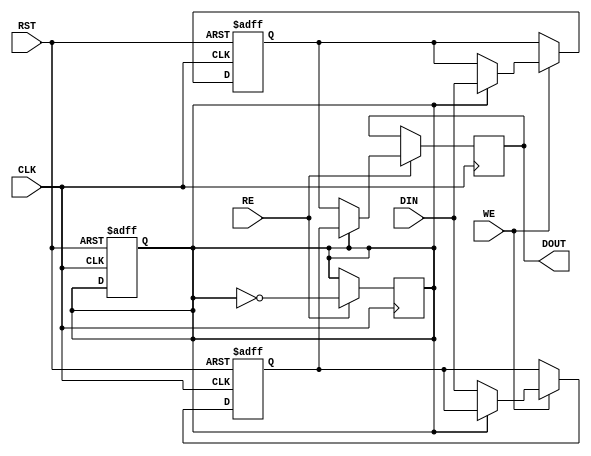
module DoubleBufferRegister (
    input wire CLK,        // Clock signal
    input wire WE,        // Write Enable
    input wire RE,        // Read Enable
    input wire [WIDTH-1:0] DIN, // Data Input
    input wire RST,       // Reset signal
    output reg [WIDTH-1:0] DOUT // Data Output
);
    parameter WIDTH = 8;  // Define the width of the data bus (can be adjusted)

    reg [WIDTH-1:0] buffer_a; // Buffer A
    reg [WIDTH-1:0] buffer_b; // Buffer B
    reg active_buffer;        // Control signal to determine which buffer is active

    // Reset or data storage logic
    always @(posedge CLK or posedge RST) begin
        if (RST) begin
            buffer_a <= {WIDTH{1'b0}}; // Initialize Buffer A to 0
            buffer_b <= {WIDTH{1'b0}}; // Initialize Buffer B to 0
            active_buffer <= 1'b0;      // Set active buffer to Buffer A
        end else if (WE) begin
            if (active_buffer) begin
                buffer_b <= DIN;       // Write to Buffer B
            end else begin
                buffer_a <= DIN;       // Write to Buffer A
            end
        end
    end

    // Output logic based on Read Enable (RE)
    always @(posedge CLK) begin
        if (RE) begin
            DOUT <= active_buffer ? buffer_a : buffer_b; // Output from the active buffer
            active_buffer <= ~active_buffer; // Toggle active buffer
        end
    end

endmodule